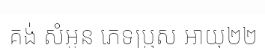
គង់ សំអូន ភេទប្រុស អាយុ២២